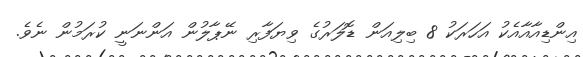
އިންޑިއާއާއެކު އަހަރަކު 8 ބިލިއަން ޑޮލަރުގެ ވިޔަފާރި ނޭޕާލުން އަންނަނީ ކުރަމުން ނެވެ.